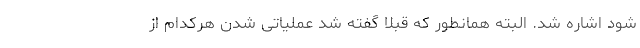
شود اشاره شد. البته همانطور که قبلا گفته شد عملیاتی شدن هرکدام از